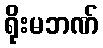
ရိုးမဘဏ်